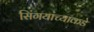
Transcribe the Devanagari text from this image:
सिंगयांच्याकडे